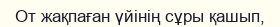
От жақпаған үйінің сұры қашып,